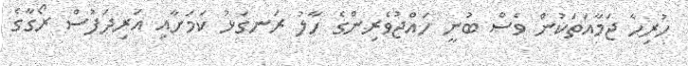
ހުރިހާ ޖަމާއަތަކުން ވެސް ބުނީ ހައްޖުވެރިންގެ ހާލު ރަނގަޅު ކަމަށާއި އަރިދަފުސް ރޯގާގެ